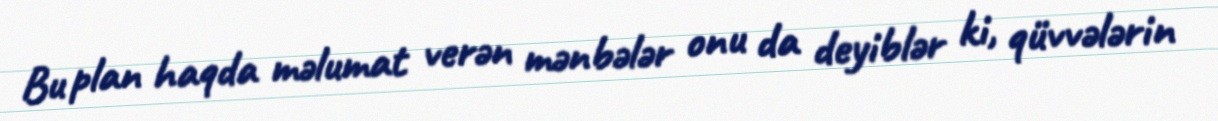
Bu plan haqda məlumat verən mənbələr onu da deyiblər ki, qüvvələrin